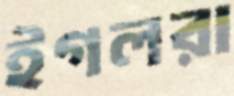
ইগলরা